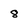
Character: 8